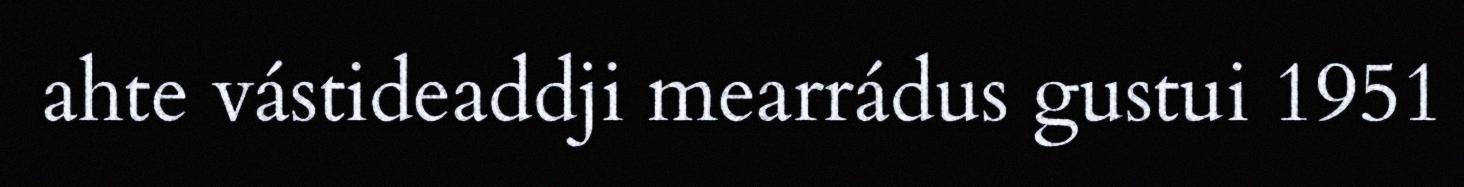
ahte vástideaddji mearrádus gustui 1951